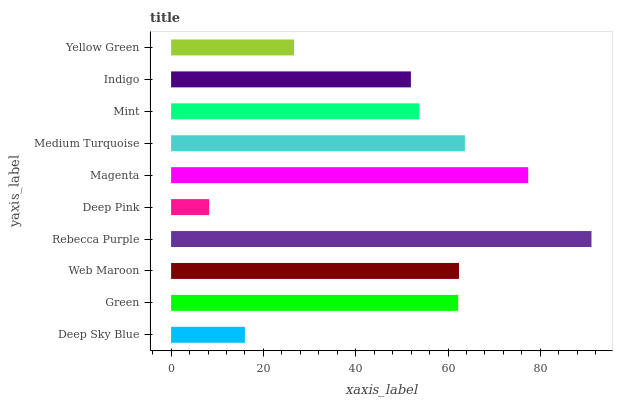
| yaxis_label | bars |
 | --- | --- |
 | Deep Sky Blue | 16 |
 | Green | 62.2 |
 | Web Maroon | 62.4 |
 | Rebecca Purple | 91.1 |
 | Deep Pink | 8.25 |
 | Magenta | 77.4 |
 | Medium Turquoise | 63.7 |
 | Mint | 53.8 |
 | Indigo | 52 |
 | Yellow Green | 26.6 |